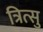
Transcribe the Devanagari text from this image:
त्रित्सु